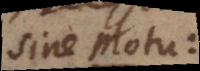
sine motu: